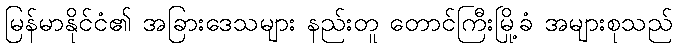
မြန်မာနိုင်ငံ၏ အခြားဒေသများ နည်းတူ တောင်ကြီးမြို့ခံ အများစုသည်